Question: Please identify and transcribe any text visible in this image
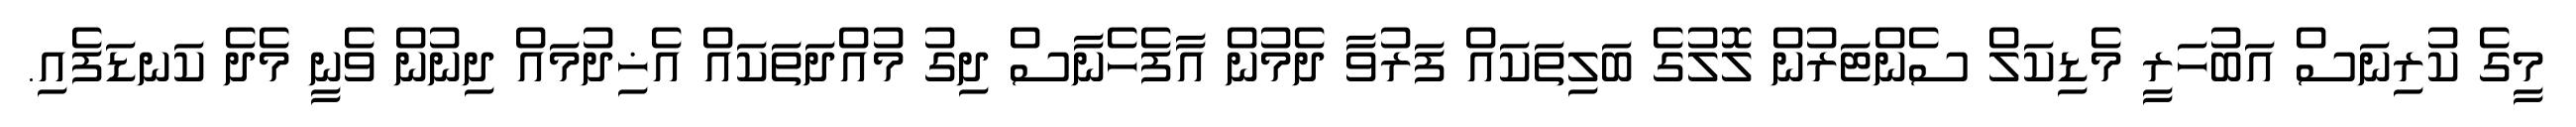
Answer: މީގެ ކުރިނަސް އަބުހަރީ މެޑިކަލް ސެންޓަރުން ލޮލުގެ ބަލިތަކައް ފަރުވާ ދެމުން އާފެހެނާސް ދިގު މުއްދަތަކައް އެޚިދުމައް ދިނުން ވެނީ މެދެ ކަނޑަފެއި.